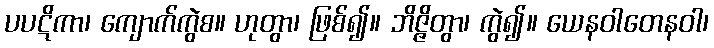
ပပဋိကာ၊ ကျောက်ကွဲစ။ ဟုတွာ၊ ဖြစ်၍။ ဘိဇ္ဇိတွာ၊ ကွဲ၍။ ယေနဝါတေနဝါ၊